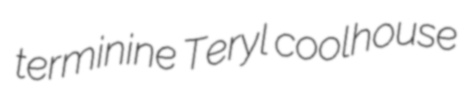
terminine Teryl coolhouse